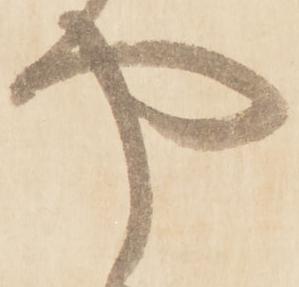
や